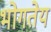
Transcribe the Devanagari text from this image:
भोगतेय